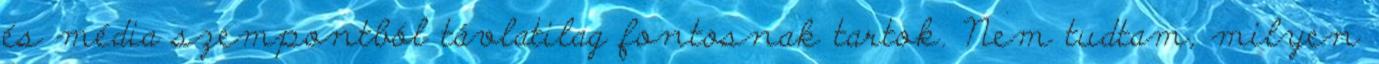
és média szempontból távlatilag fontosnak tartok. Nem tudtam, mi­lyen